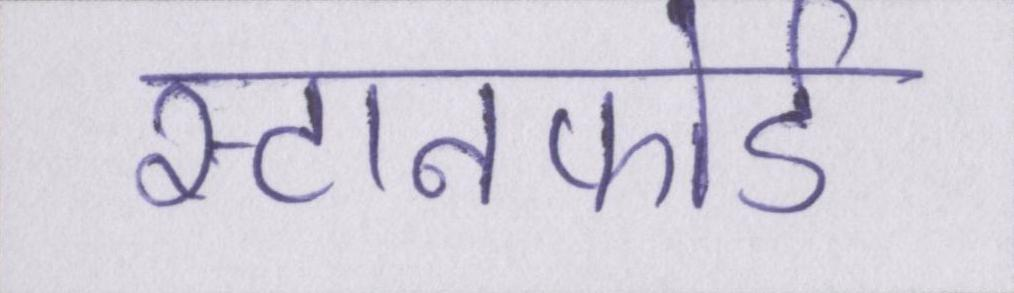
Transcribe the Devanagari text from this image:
स्टानफोर्ड